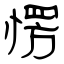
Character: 愣